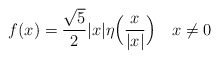
\begin{align*}f(x) = \frac{\sqrt{5}}{2}|x|\eta\Bigl(\frac{x}{|x|}\Bigr)\ \ \ x \neq 0\end{align*}